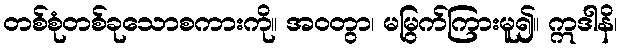
တစ်စုံတစ်ခုသောစကားကို။ အဝတွာ၊ မမြွက်ကြားမူ၍။ ဣဒါနိ၊